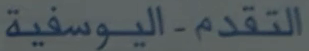
التقدم-اليوسفية